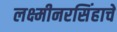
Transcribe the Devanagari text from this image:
लक्ष्मीनरसिंहाचें